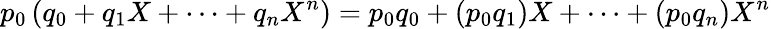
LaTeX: p_{0}\left(q_{0}+q_{1}X+\dots+q_{n}X^{n}\right)=p_{0}q_{0}+\left(p_{0}q_{1}\right)X+\cdots+\left(p_{0}q_{n}\right)X^{n}